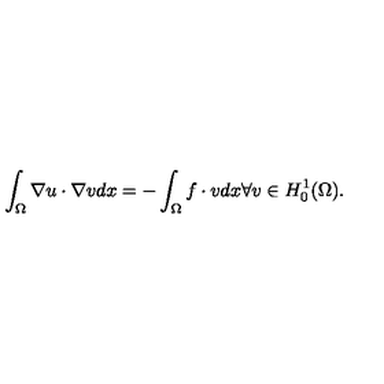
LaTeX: \int _ { \Omega } \nabla u \cdot \nabla v d x = - \int _ { \Omega } f \cdot v d x \forall v \in H _ { 0 } ^ { 1 } ( \Omega ) .